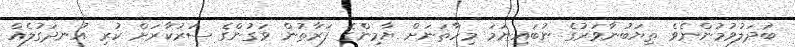
ބަދަލުވުމުންނެވެ ތިޔަބުނާވަރުގެ ނުބައިނަމަ މިހާތަނަށް ޔާމިންގެ ފަރާތުން ވަގުންގެ ސަރުކާރަށް ކުރި އުނދަގުލެއް